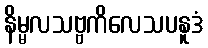
နိမ္မလသဗ္ဗကိလေသပနူဒံ